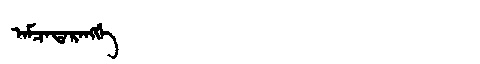
Manchu: ᠠᠮᠴᠠᡨᠠᡵᠠᠩᡤᡝ
Romanization: AMCATARANGGE